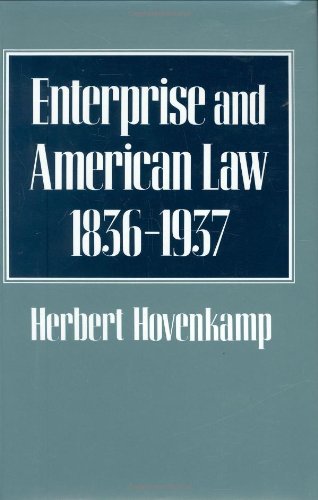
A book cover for Enterprise and American Law, 1836-1937; Herbert Hovenkamp; Law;